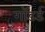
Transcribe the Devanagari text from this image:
गॉडर्ड